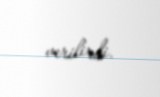
verilirdi.